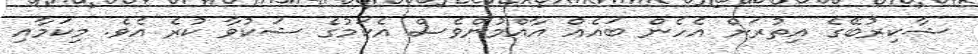
ޝާކިރުބޭގެ އިތުރަށް އެހެން ބައެއް އާއްމުންވެސް އެކަމުގެ ޝަކުވާ ކުރެ އެވެ. މިކަމާއި